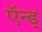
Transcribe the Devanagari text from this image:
ऍन्ड्